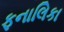
ફનાલિકા